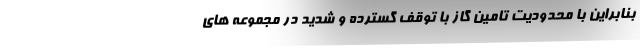
بنابراین با محدودیت تامین گاز با توقف گسترده و شدید در مجموعه های